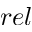
r e l